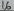
Text: 16